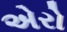
એરો